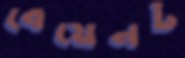
বেয়েনট